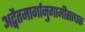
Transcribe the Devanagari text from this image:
अद्वैतमार्गानुगामीसाधक